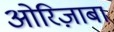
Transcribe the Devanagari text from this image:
ओरिज़ाबा